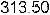
313.50